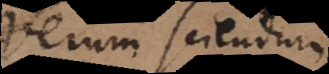
Verum sciendum